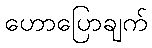
ဟောပြောချက်